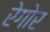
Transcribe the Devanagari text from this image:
रेगोर